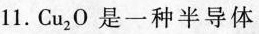
11. Cu_{2}O是一种半导体